Mental hospitals Bombay report 1921-28 - 1921-1928
Year: 1921
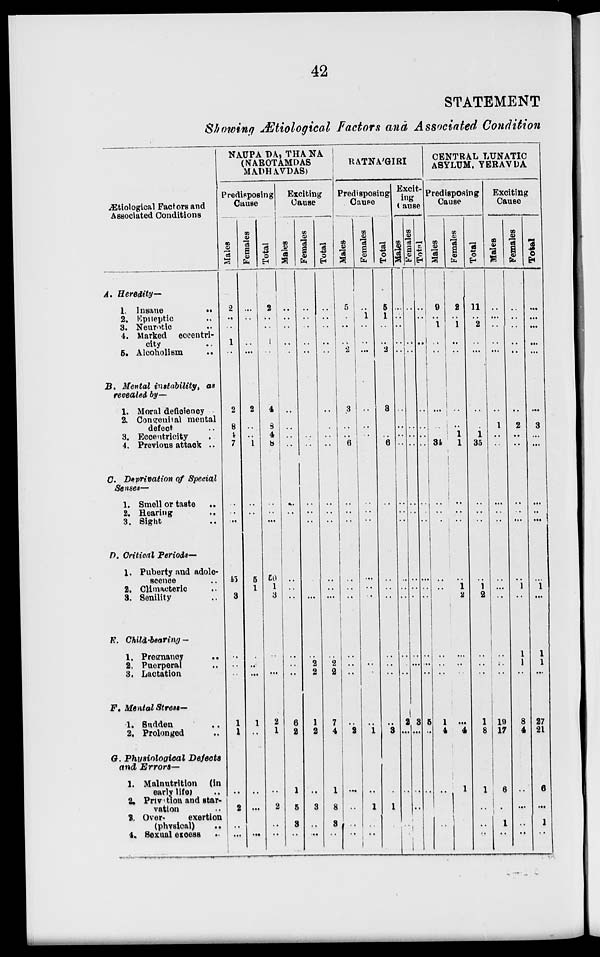
42
STATEMENT
Showing Ætiological Factors and Associated Condition
Ætiological Factors and
Associated Conditions
A. Heredity—
1. Insane
..
2. Epileptic ..
3. Neurotic ..
4. Marked eccentri-
city ..
5. Alcoholism ..
B. Mental instability, as
revealed by—
1. Moral deficiency
2. Congenital mental
defect ...
3. Eccentricity ...
4. Previous attack ..
C. Deprivation of Special
Senses—
1. Smell or taste ..
2. Hearing ..
3. Sight ..
D. Critical Periods—
1. Puberty and adole-
scence ..
2. Climacteric ..
3. Senility ..
E. Child-bearing —
1. Pregnancy
..
2. Puerperal ..
3. Lactation ..
F. Mental Stress—
1. Sudden ..
2, Prolonged ..
G. Physiological
Defects
and Errors—
1. Malnutrition (in
early life) ..
2. Privation and star-
vation ..
2. Over
exertion
(physical) ..
4. Sexual excess ..
NAUPA DA, THA NA
(NAROTAMDAS
MADHAVDAS)
Predisposing
Cause
Males
2
..
..
1
..
2
8
4
7
..
..
..
45
..
3
..
..
..
1
1
..
2
..
..
Females
..
..
..
..
..
2
..
..
1
..
..
..
5
1
..
..
..
..
1
..
..
...
..
..
Total
2
..
..
1
..
4
8
4
8
..
..
..
50
1
3
..
..
..
2
1
..
2
..
..
Exciting
Cause
Males
..
..
..
..
..
..
..
..
..
..
..
..
..
..
..
..
..
..
6
2
1
5
8
..
Females
..
..
..
..
..
..
..
..
..
..
..
..
..
..
..
..
2
2
1
2
..
3
..
..
Total
..
..
..
..
..
..
..
..
..
..
..
..
..
..
..
..
2
2
7
4
1
8
8
..
RATNA'GIRI
Predisposing
Cause
Males
5
..
..
..
2
3
..
..
6
..
..
..
..
..
..
..
..
..
..
2
..
..
..
..
Females
..
1
..
..
..
..
..
..
...
..
..
..
..
..
..
..
..
..
..
1
..
1
..
..
Total
5
1
..
..
2
3
..
..
6
..
..
..
..
..
..
..
..
..
..
3
..
1
..
..
Excit-
ing
Cause
Males
..
..
..
..
..
..
..
..
..
..
..
..
..
..
..
..
..
..
2
..
..
..
..
..
Females
..
..
..
..
..
..
..
..
..
..
..
..
..
..
..
..
..
..
3
..
..
..
..
..
Totol
..
..
..
..
..
..
..
..
..
..
..
..
..
..
..
..
..
..
5
..
..
..
..
..
CENTRAL LUNATIC
ASYLUM, YERAVDA
Predisposing
Cause
Males
9
..
1
..
..
..
..
..
34
..
..
..
..
..
..
..
..
..
1
4
..
..
..
..
Females
2
..
1
..
..
..
..
1
1
..
..
..
..
1
2
..
..
..
..
4
1
..
..
..
Total
11
..
2
..
..
..
..
1
35
..
..
..
..
1
2
..
..
..
1
8
1
..
..
..
Exciting
Cause
Males
..
..
..
..
..
1
..
..
..
..
..
..
..
..
..
..
..
19
17
6
..
1
..
Females
..
..
..
..
..
2
..
..
..
..
..
..
1
..
1
1
..
8
4
..
..
..
..
Total
..
..
..
..
..
3
..
..
..
..
..
..
1
..
1
1
..
27
21
6
..
1
..